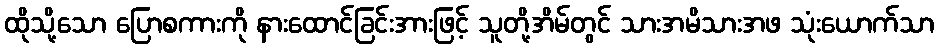
ထိုသို့သော ပြောစကားကို နားထောင်ခြင်းအားဖြင့် သူတို့အိမ်တွင် သားအမိသားအဖ သုံးယောက်သာ